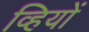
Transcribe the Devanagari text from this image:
व्हियों